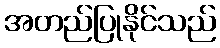
အတည်ပြုနိုင်သည်